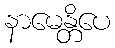
နာမေန္တိပေ